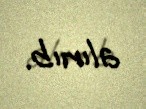
alınıb.